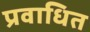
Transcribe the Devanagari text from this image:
प्रवाधित